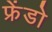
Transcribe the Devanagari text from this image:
फ्रेंडो